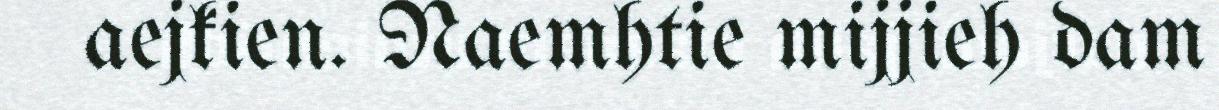
aejkien. Naemhtie mijjieh dam